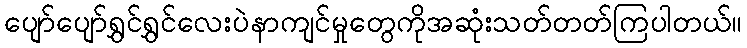
ပျော်ပျော်ရွှင်ရွှင်လေးပဲနာကျင်မှုတွေကိုအဆုံးသတ်တတ်ကြပါတယ်။